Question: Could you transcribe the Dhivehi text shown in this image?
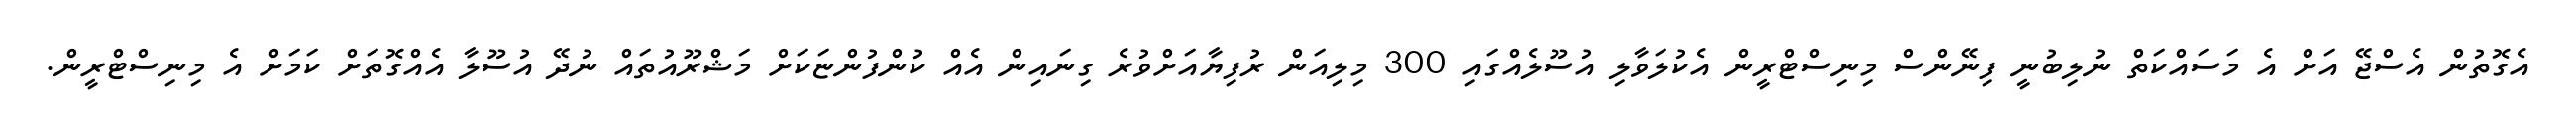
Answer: އެގޮތުން އެސްޖޭ އަށް އެ މަސައްކަތް ނުލިބުނީ ފިނޭންސް މިނިސްޓްރީން އެކުލަވާލި އުސޫލެއްގައި 300 މިލިއަން ރުފިޔާއަށްވުރެ ގިނައިން އެއް ކުންފުންޏަކަށް މަޝްރޫއުތައް ނުދޭ އުސޫލާ އެއްގޮތަށް ކަމަށް އެ މިނިސްޓްރީން.